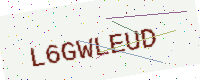
Text: L6GWLEUD